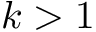
k > 1